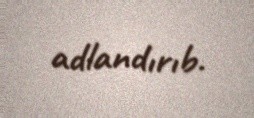
adlandırıb.